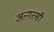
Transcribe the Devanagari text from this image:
अन्गत्सी